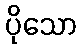
ပိုသော